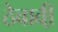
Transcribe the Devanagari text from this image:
ठेवावी़